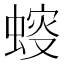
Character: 䗏